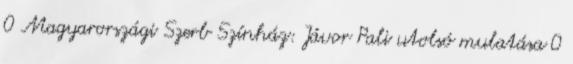
0 Magyarországi Szerb Színház: Jávor Pali utolsó mulatása 0